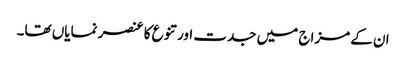
ان کے مزاج میں جدت اور تنوع کا عنصر نمایاں تھا۔